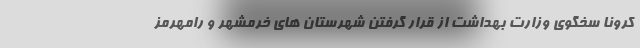
کرونا سخگوی وزارت بهداشت از قرار گرفتن شهرستان های خرمشهر و رامهرمز